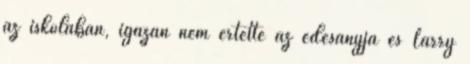
az iskolában, igazán nem értette az édesanyja és Larry